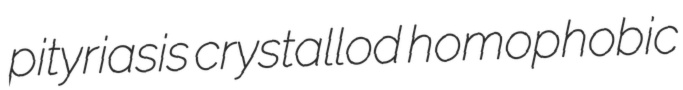
pityriasis crystallod homophobic